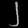
Digit: ၂